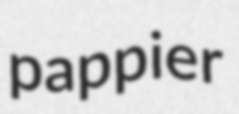
pappier